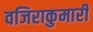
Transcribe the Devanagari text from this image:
वजिराकुमारी